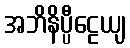
အဘိနိပ္ပီဠေယျ